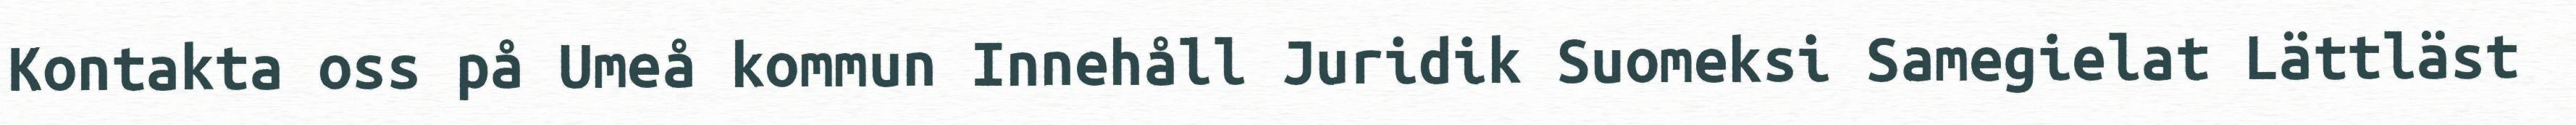
Kontakta oss på Umeå kommun Innehåll Juridik Suomeksi Samegielat Lättläst